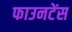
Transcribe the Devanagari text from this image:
फाउनटेंस